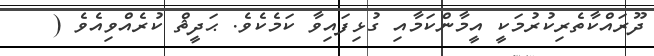
ދޫރައްކާތެރިކުރުމަކީ އީމާންކަމާއި ގުޅިފައިވާ ކަމެކެވެ. ޙަދީޘް ކުރެއްވިއެވެ (